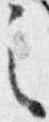
之